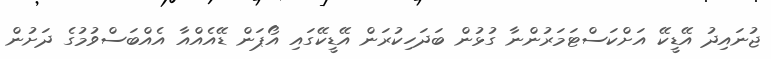
ޖުނައިދު އޭޑީކޭ އަށްކަސްޓަމަރުންނާ ގުޅުން ބަދަހިކުރަން އޭޑީކޭގައި އޯޕަން ޑޭއެއްއާ އެއްބަސްވުމުގެ ދަށުން